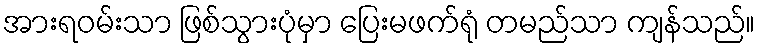
အားရဝမ်းသာ ဖြစ်သွားပုံမှာ ပြေးမဖက်ရုံ တမည်သာ ကျန်သည်။